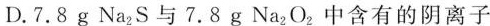
D.7.8g Na_{2}S与7.8g Na_{2}O_{2}中含有的阴离子